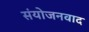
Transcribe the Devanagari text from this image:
संयोजनवाद